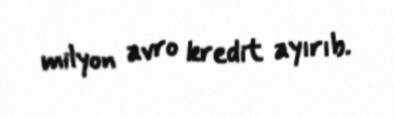
milyon avro kredit ayırıb.